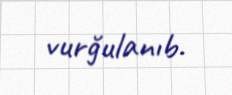
vurğulanıb.